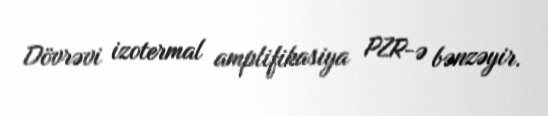
Dövrəvi izotermal amplifikasiya PZR-ə bənzəyir.